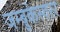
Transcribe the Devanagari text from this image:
जम्बुकेस्वरर